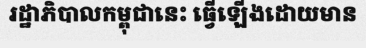
រដ្ឋាភិបាលកម្ពុជានេះ ធ្វើឡើងដោយមាន